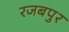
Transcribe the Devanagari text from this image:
रजबपुर